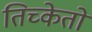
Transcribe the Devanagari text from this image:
तिच्केतों